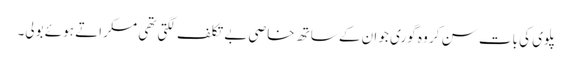
پلوی کی بات سن کر وہ گوری جو ان کے ساتھ خاصی بے تکلف لگتی تھی مسکراتے ہوئے بولی۔